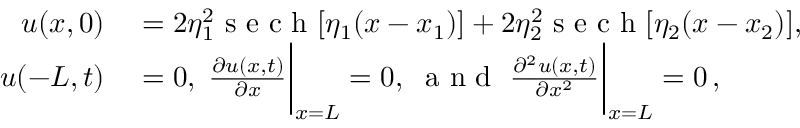
\begin{array} { r l } { u ( x , 0 ) } & { { } = 2 \eta _ { 1 } ^ { 2 } \mathrm { ~ s ~ e ~ c ~ h ~ } [ \eta _ { 1 } ( x - x _ { 1 } ) ] + 2 \eta _ { 2 } ^ { 2 } \mathrm { ~ s ~ e ~ c ~ h ~ } [ \eta _ { 2 } ( x - x _ { 2 } ) ] , } \\ { u ( - L , t ) } & { { } = 0 , \; \frac { \partial u ( x , t ) } { \partial x } \bigg | _ { x = L } = 0 , \; \mathrm { ~ a ~ n ~ d ~ } \; \frac { \partial ^ { 2 } u ( x , t ) } { \partial x ^ { 2 } } \bigg | _ { x = L } = 0 \, , } \end{array}